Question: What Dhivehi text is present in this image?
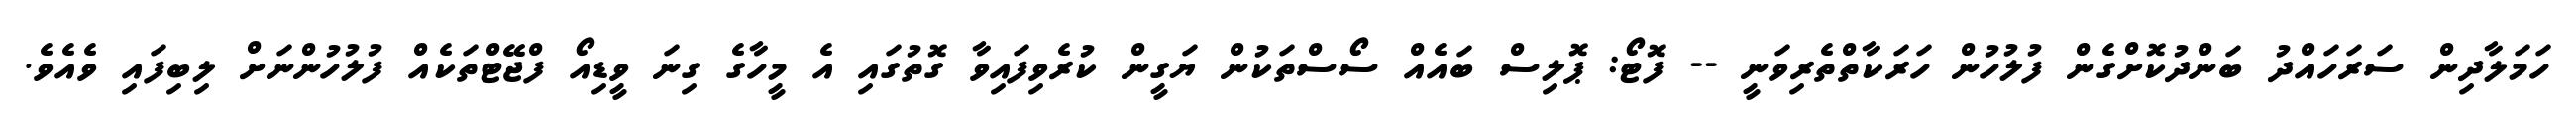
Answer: ހަމަލާދިން ސަރަހައްދު ބަންދުކޮށްގެން ފުލުހުން ހަރަކާތްތެރިވަނީ -- ފޮޓޯ: ޕޮލިސް ބައެއް ސޯސްތަކުން ޔަގީން ކުރެވިފައިވާ ގޮތުގައި އެ މީހާގެ ގިނަ ވީޑިއޯ ފްޖޭޓްތަކެއް ފުލުހުންނަށް ލިބިފައި ވެއެވެ.